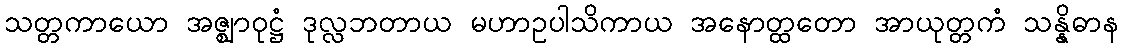
သတ္တကာယော အဇ္ဈာဝုဋ္ဌံ ဒုလ္လဘတာယ မဟာဥပါသိကာယ အနောတ္ထတော အာယုတ္တကံ သန္နိဓာန